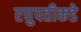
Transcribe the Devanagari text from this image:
रघुपतीकडे